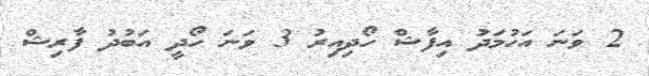
2 ވަނަ އަހުމަދު އިފާޝް ހޯދިއިރު 3 ވަނަ ހޯދީ އަބުދު ފާރިޝް